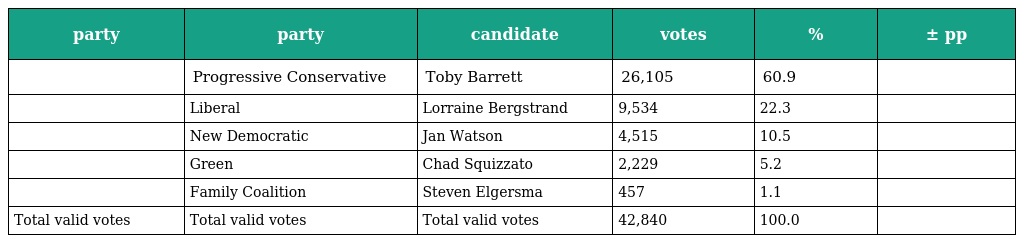
| party | party | candidate | votes | % | ± pp |
 | --- | --- | --- | --- | --- | --- |
 |  | Progressive Conservative | Toby Barrett | 26,105 | 60.9 |  |
 |  | Liberal | Lorraine Bergstrand | 9,534 | 22.3 |  |
 |  | New Democratic | Jan Watson | 4,515 | 10.5 |  |
 |  | Green | Chad Squizzato | 2,229 | 5.2 |  |
 |  | Family Coalition | Steven Elgersma | 457 | 1.1 |  |
 | Total valid votes | Total valid votes | Total valid votes | 42,840 | 100.0 |  |